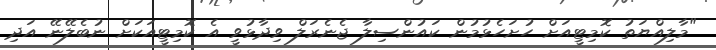
"މާލިއްޔަތު ކޮމިޓީއަށް ހުށަހެޅުމުން ކައުންސިލާ ޖެނެރަލް ވިދާޅުވީ އެ ކޮމިޓީއަކަށް ނުބެލޭނޭ އަދި